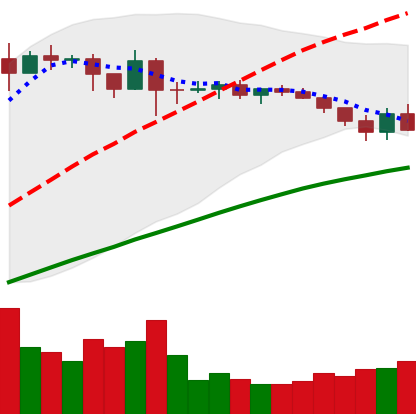
Ticker: ADA-USD
Chart end date: 2019-04-23
Forward return: -7.961%
Label: down_7plus